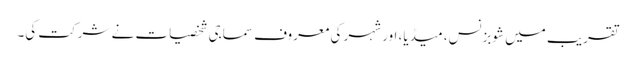
تقریب میں شوبزنس، میڈیا، اور شہر کی معروف سماجی شخصیات نے شرکت کی۔